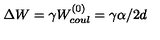
\Delta W = \gamma W _ { c o u l } ^ { ( 0 ) } = \gamma \alpha / 2 d